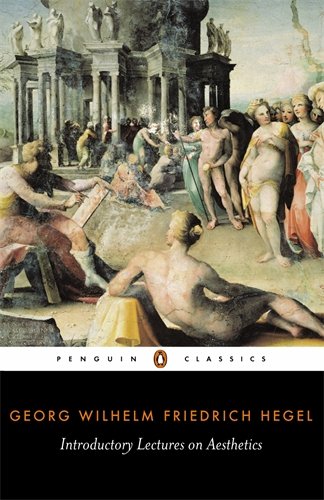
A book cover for Introductory Lectures on Aesthetics (Penguin Classics); Georg Wilhelm Friedr Hegel; Politics & Social Sciences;